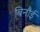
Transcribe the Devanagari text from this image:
बिनौई